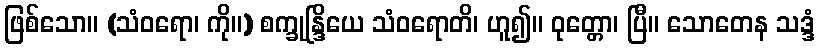
ဖြစ်သော။ (သံဝရော၊ ကို။) စက္ခုန္ဒြိယေ သံဝရောတိ၊ ဟူ၍။ ဝုတ္တော၊ ပြီ။ သောတေန သဒ္ဒံ